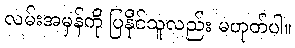
လမ်းအမှန်ကို ပြနိုင်သူလည်း မဟုတ်ပါ။